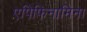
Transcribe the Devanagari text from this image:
एपिफिनामिना